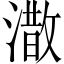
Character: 潵